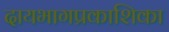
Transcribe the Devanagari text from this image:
दायभागप्रकाशिका